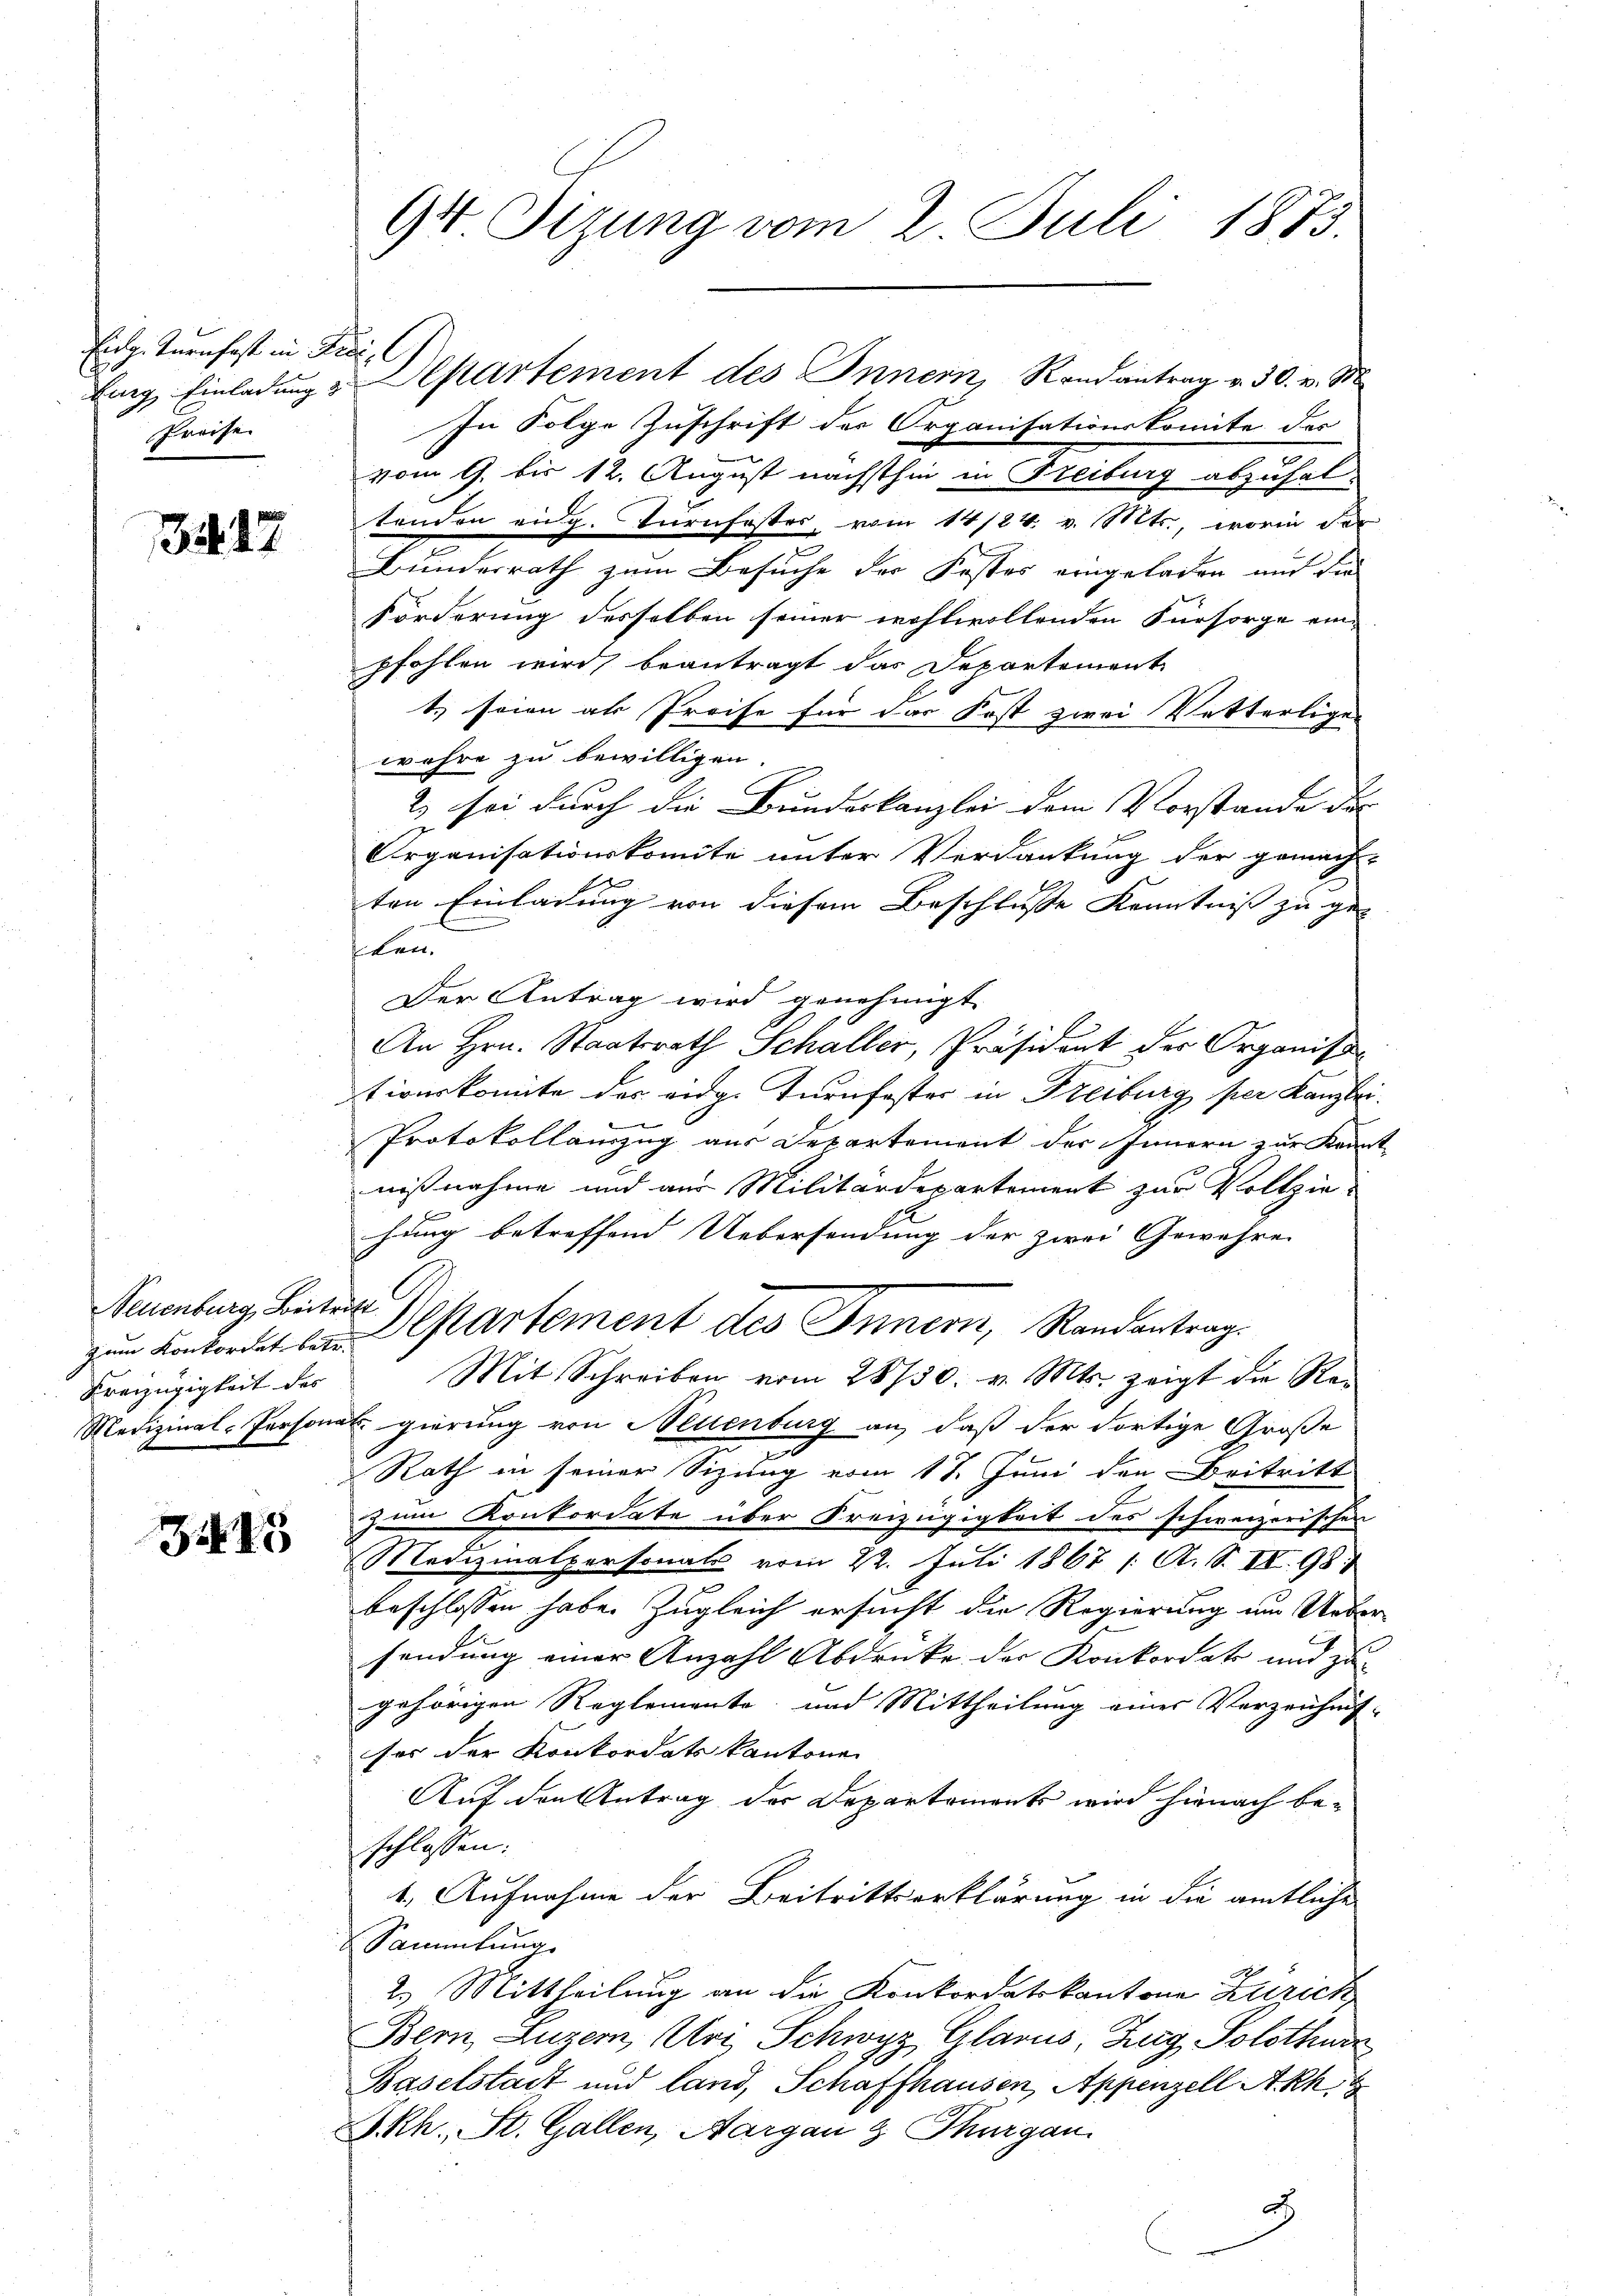
Eut. Turnhaft in Prei
Preise

354. 12

Neuenburg, Beitritt
Kreizügigkeit des

3415

94 Tizung vom 2. Juli 1873.

In Folge Zuschrift der Organisationskomite der
vom 9. bis 12. August nächsthin in Freiburg abzuhaltenden eidg. Turnfoster, vom 14/24. v. Mts., worin der
Bunderrath zum Besuche der Kostes eingeladen auch die
Förderung desselben seiner wohlwollenden Fürsorge einpfohlen wird, beantragt das Departement
t. seien als Preise für das Kost zwei Vetterligen
wahre zu bewilligen.
2) sei durch die Bundeskanzlei dem Vorstande der
Organisationskomite unter Verdankung der gemach
ten Einladung von diesem Beschlusse Kenntniß zu geflen.
Der Antrag wird genehmigt.
An Hrn. Staatsrath Schaller, Präsident der Organis
tionskomite des eidg. Turnfester in Freiburg per Kanzler
Protokollanzug aus Departement des Innern zur Kran
nißnahme und aus Militärdepartement zur Vollzie-
hung betreffend Uebersendung der zwei Gewähren |
zum Konkordat bei Departement des Innern, Randantrag
Mit Schreiben vom 28730. v. Mts. zeigt die Re¬
Medizinal-Personat gierung von Neuenburg an, daß der dortige Große
v
Rath in seiner Sizung vom 17. Juni den Beitritt
zum Konkordate über Freizügigkeit des schweizerischen
Medizinalpersonals vom 22. Juli 1867 /: A. S. II. 98. 1
beschlossen habe. Zugleich ersucht die Regierung im Uebe
sendung einer Anzahl Abdruke der Konkordats und zu-
gehörigen Reglemento, und Mittheilung eines Verzeichnis-
ses der Konkordatskantone
Auf den Antrag der Departements wird hienach beschlossen:
1. Aufnahme der Beitrittserklärung in die amtliche
Sammlung.
2. Mittheilung an die Konkordatskantone Zuzich
Bern, Luzern, Uri, Schwyz, Glarus, Zug, Solothurn
Baselstadt und land, Schaffhausen, Appenzell A.-Rh.
Kh. St. Gallen, Aargau & Thurgau.

ling Einladung & Departement des Innern Randantrag v. 30. v. M